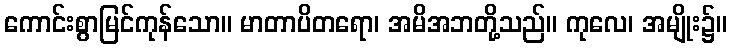
ကောင်းစွာမြင်ကုန်သော။ မာတာပိတရော၊ အမိအဘတို့သည်။ ကုလေ၊ အမျိုး၌။